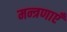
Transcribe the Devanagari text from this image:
मन्त्रणाएँ